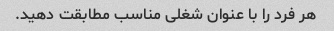
هر فرد را با عنوان شغلی مناسب مطابقت دهید.